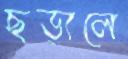
ছড়ালে